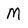
Character: M